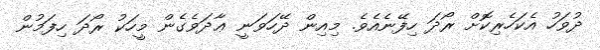
ދުވަހު އެކަހެރިކޮށް ރޯދަ ހިފޭނެއެވެ. މިއިން ދޭހަވަނީ ޢާދަވެގެން މީހަކު ރޯދަ ހިފަމުން